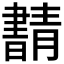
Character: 𰗂